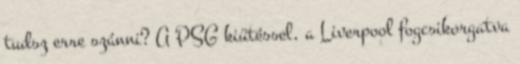
tudsz erre szánni? A PSG kiütéssel, a Liverpool fogcsikorgatva